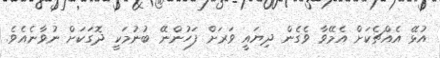
އުޅޭ އެއްޗެކަށް އެމޭވާ ވެގެން ދިޔައީ ވަރަށް ފަހުންނޭ ބުނުމަކީ ދޮގަކަށް ނުވާނެއެވެ.